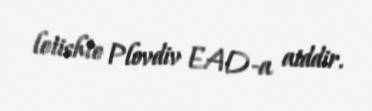
letishte Plovdiv EAD-a aiddir.